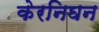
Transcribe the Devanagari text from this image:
केरनिघन